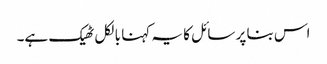
اس بنا پر سائل کا یہ کہنا بالکل ٹھیک ہے۔